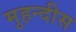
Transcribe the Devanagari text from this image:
मुहन्दीस